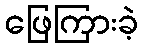
ဖြေကြားခဲ့